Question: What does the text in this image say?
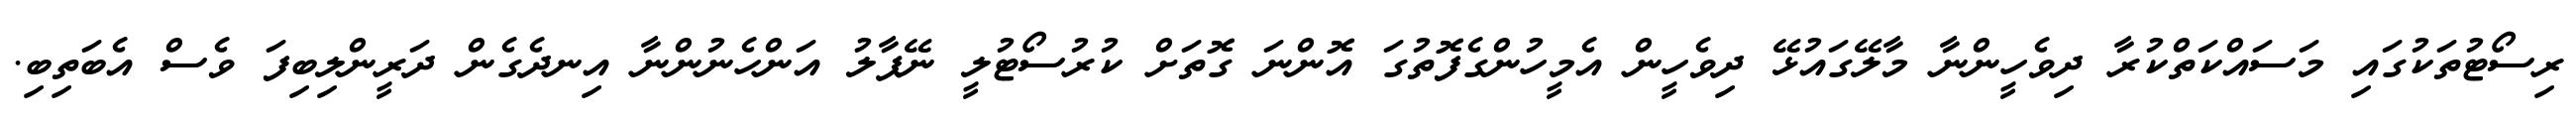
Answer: ރިސޯޓުތަކުގައި މަސައްކަތްކުރާ ދިވެހީންނާ މާލޭގައުޅޭ ދިވެހީން އެމީހުންގެފޮތުގަ އޮންނަ ގޮތަށް ކުރުސޯޓުލީ ނޭޕާލު އަންހެނުންނާ އިނދެގެން ދަރީންލިބިފަ ވެސް އެބަތިބި.